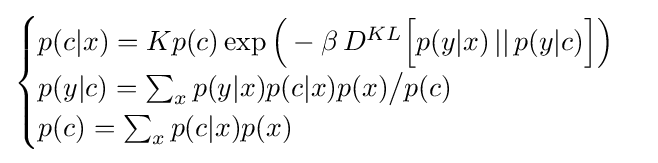
{\begin{cases}p(c|x)=Kp(c)\exp {\Big (}-\beta \,D^{KL}{\Big [}p(y|x)\,||\,p(y|c){\Big ]}{\Big )}\\p(y|c)=\textstyle \sum _{x}p(y|x)p(c|x)p(x){\big /}p(c)\\p(c)=\textstyle \sum _{x}p(c|x)p(x)\\\end{cases}}